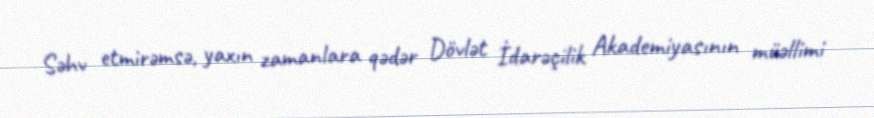
Səhv etmirəmsə, yaxın zamanlara qədər Dövlət İdarəçilik Akademiyasının müəllimi